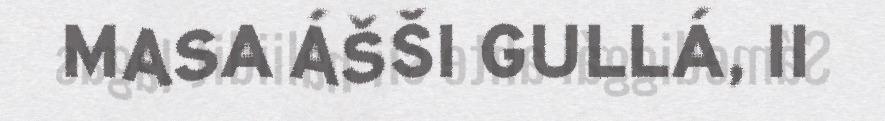
MASA ÁŠŠI GULLÁ, II